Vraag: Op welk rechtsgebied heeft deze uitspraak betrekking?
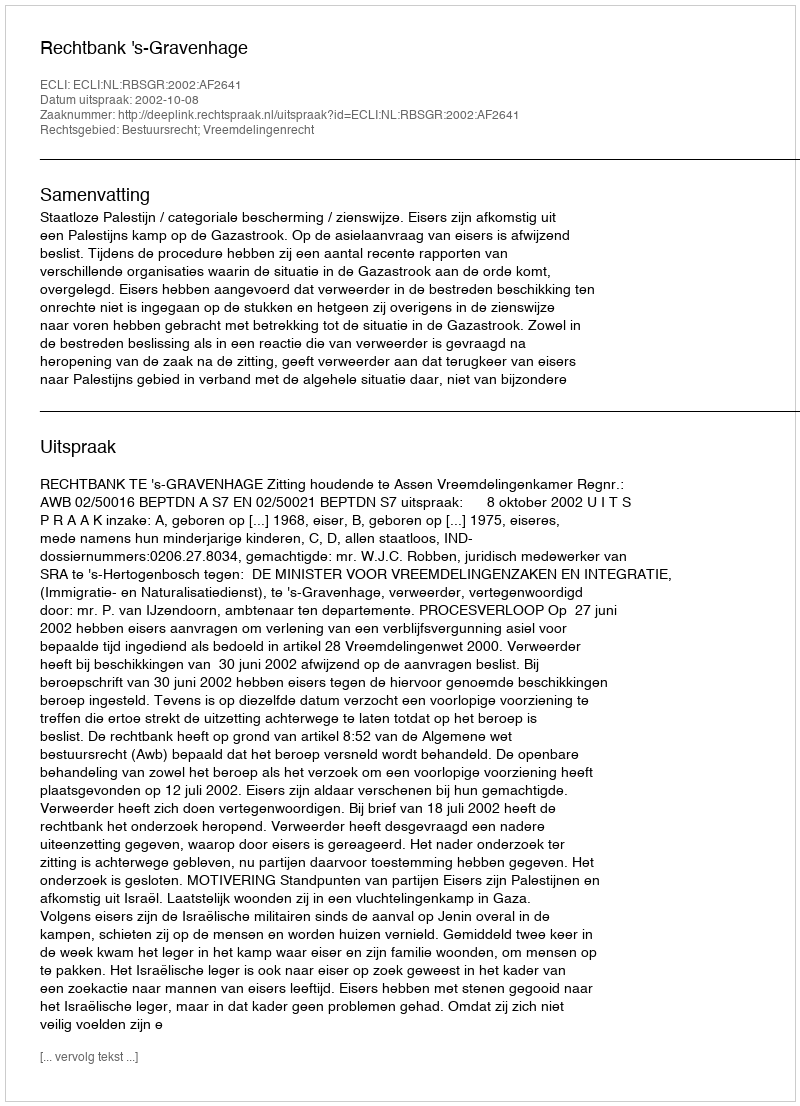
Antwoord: Bestuursrecht; Vreemdelingenrecht